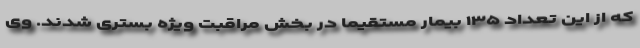
که از این تعداد ۱۳۵ بیمار مستقیما در بخش مراقبت ویژه بستری شدند. وی